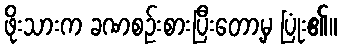
ဖိုးသားက ခဏစဉ်းစားပြီးတော့မှ ပြုံး၏။